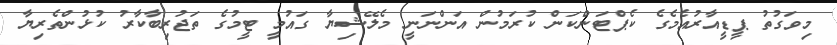
މިވަގުތު ޕީޑީއާރުއެމެގެ ކެޕްޓަންކަން ކުރަމުން އަންނަނީ މެލޭޝިޔާ ގައުމީ ޓީމުގެ ތަޖުރިބާކާރު ކުޅުންތެރިޔާ